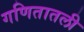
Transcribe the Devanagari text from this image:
गणितातली